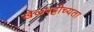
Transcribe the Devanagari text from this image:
खेळपट्टीच्यता